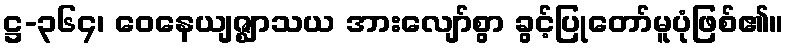
ဋ္ဌ-၃၆၄၊ ဝေနေယျဇ္ဈာသယ အားလျော်စွာ ခွင့်ပြုတော်မူပုံဖြစ်၏။